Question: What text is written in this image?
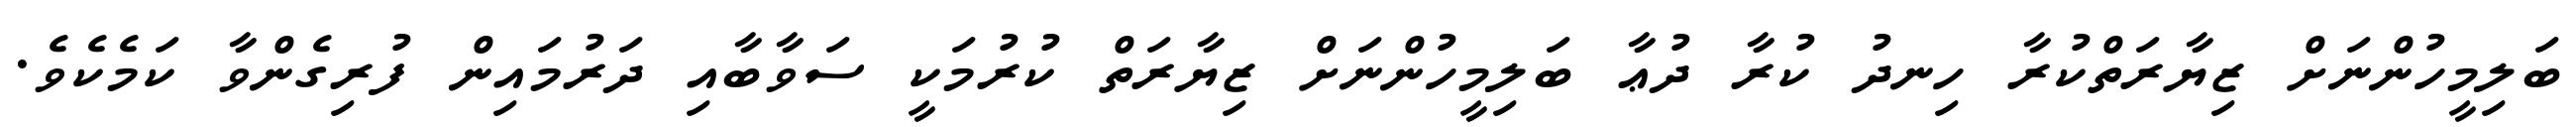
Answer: ބަލިމީހުންނަށް ޒިޔާރަތްކުރާ ހިނދު ކުރާ ދުޢާ ބަލިމީހުންނަށް ޒިޔާރަތް ކުރުމަކީ ސަވާބާއި ދަރުމައިން ފުރިގެންވާ ކަމެކެވެ.